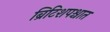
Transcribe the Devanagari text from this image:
ब्रिटिशपश्चात